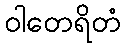
ဝါတေရိတံ